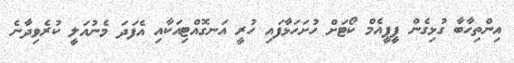
އިންތިހާބާ ގުޅިގެން ޕީޕީއެމް ކޯޓަށް ހުށަހަޅާފައި ހުރީ އަނގޮއްޓިއަކާއި އެފަދަ މެނުއަލީ ކުރެވިދާނެ